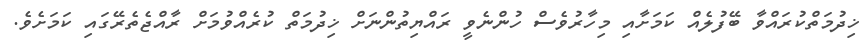
ޚިދުމަތްކުރައްވާ ބޭފުލެއް ކަަމަށާއި މިހާރުވެސް ހުންނެވީ ރައްޔިތުންނަށް ޚިދުމަތް ކުރެއްވުމަށް ރާއްޖެތެރޭގައި ކަމަށެވެ.